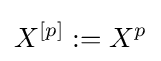
X^{[p]}:=X^{p}